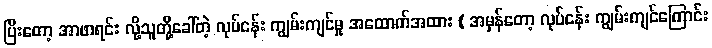
ပြီးတော့ အာဖာရင်း လို့သူတို့ခေါ်တဲ့ လုပ်ငန်း ကျွမ်းကျင်မှု အထောက်အထား ( အမှန်တော့ လုပ်ငန်း ကျွမ်းကျင်ကြောင်း